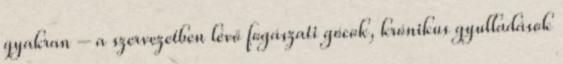
gyakran – a szervezetben lévő fogászati gócok, krónikus gyulladások